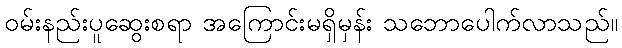
ဝမ်းနည်းပူဆွေးစရာ အကြောင်းမရှိမှန်း သဘောပေါက်လာသည်။